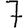
Digit: 7